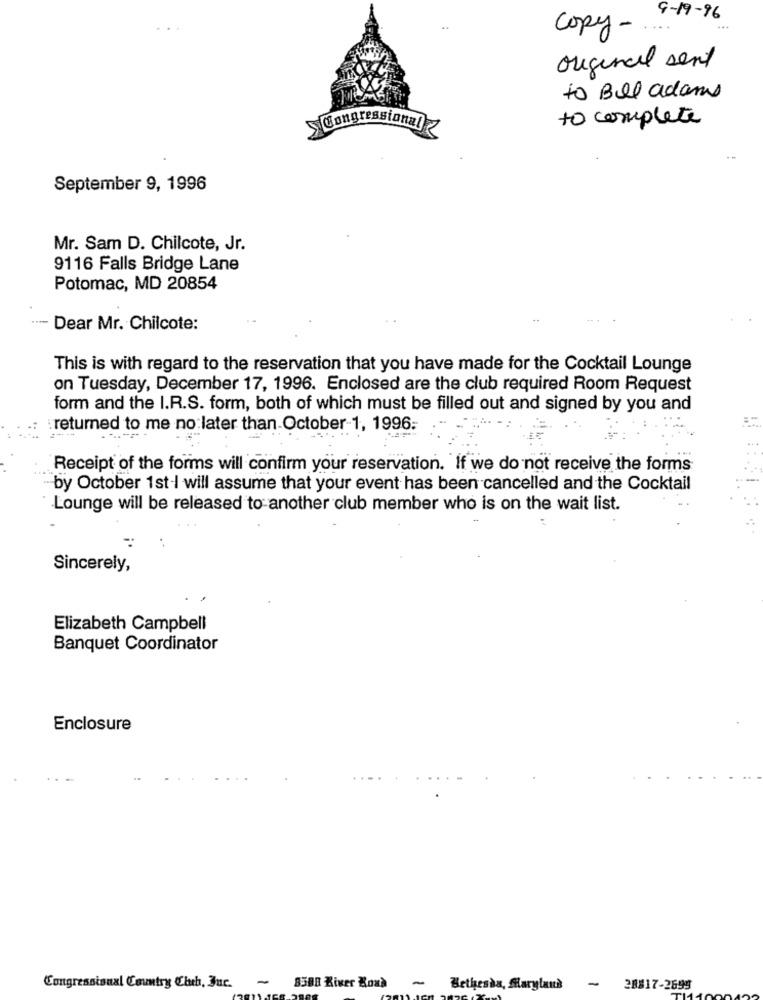
9- 19 - 96
Copy -.
original sent
to Bill adams
to complete
Congressional
September 9, 1996
Mr. Sam D. Chilcote, Jr.
9116 Falls Bridge Lane
Potomac, MD 20854
..
.-- Dear Mr. Chilcote:
This is with regard to the reservation that you have made for the Cocktail Lounge
on Tuesday, December 17, 1996. Enclosed are the club required Room Request
form and the I.R.S. form, both of which must be filled out and signed by you and
:returned to me no later than October-1, 1996;
Receipt of the forms will confirm your reservation. If we do not receive the forms
-by October 1st-I will assume that your event has been cancelled and the Cocktail
Lounge will be released to another club member who is on the wait list.
Sincerely,
Elizabeth Campbell
Banquet Coordinator
Enclosure
-
Congressional Country Cheb, Juc.
8588 River Kous
~ Bethesda, Maryland
20817-2699